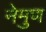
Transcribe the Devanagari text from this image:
नेमुण